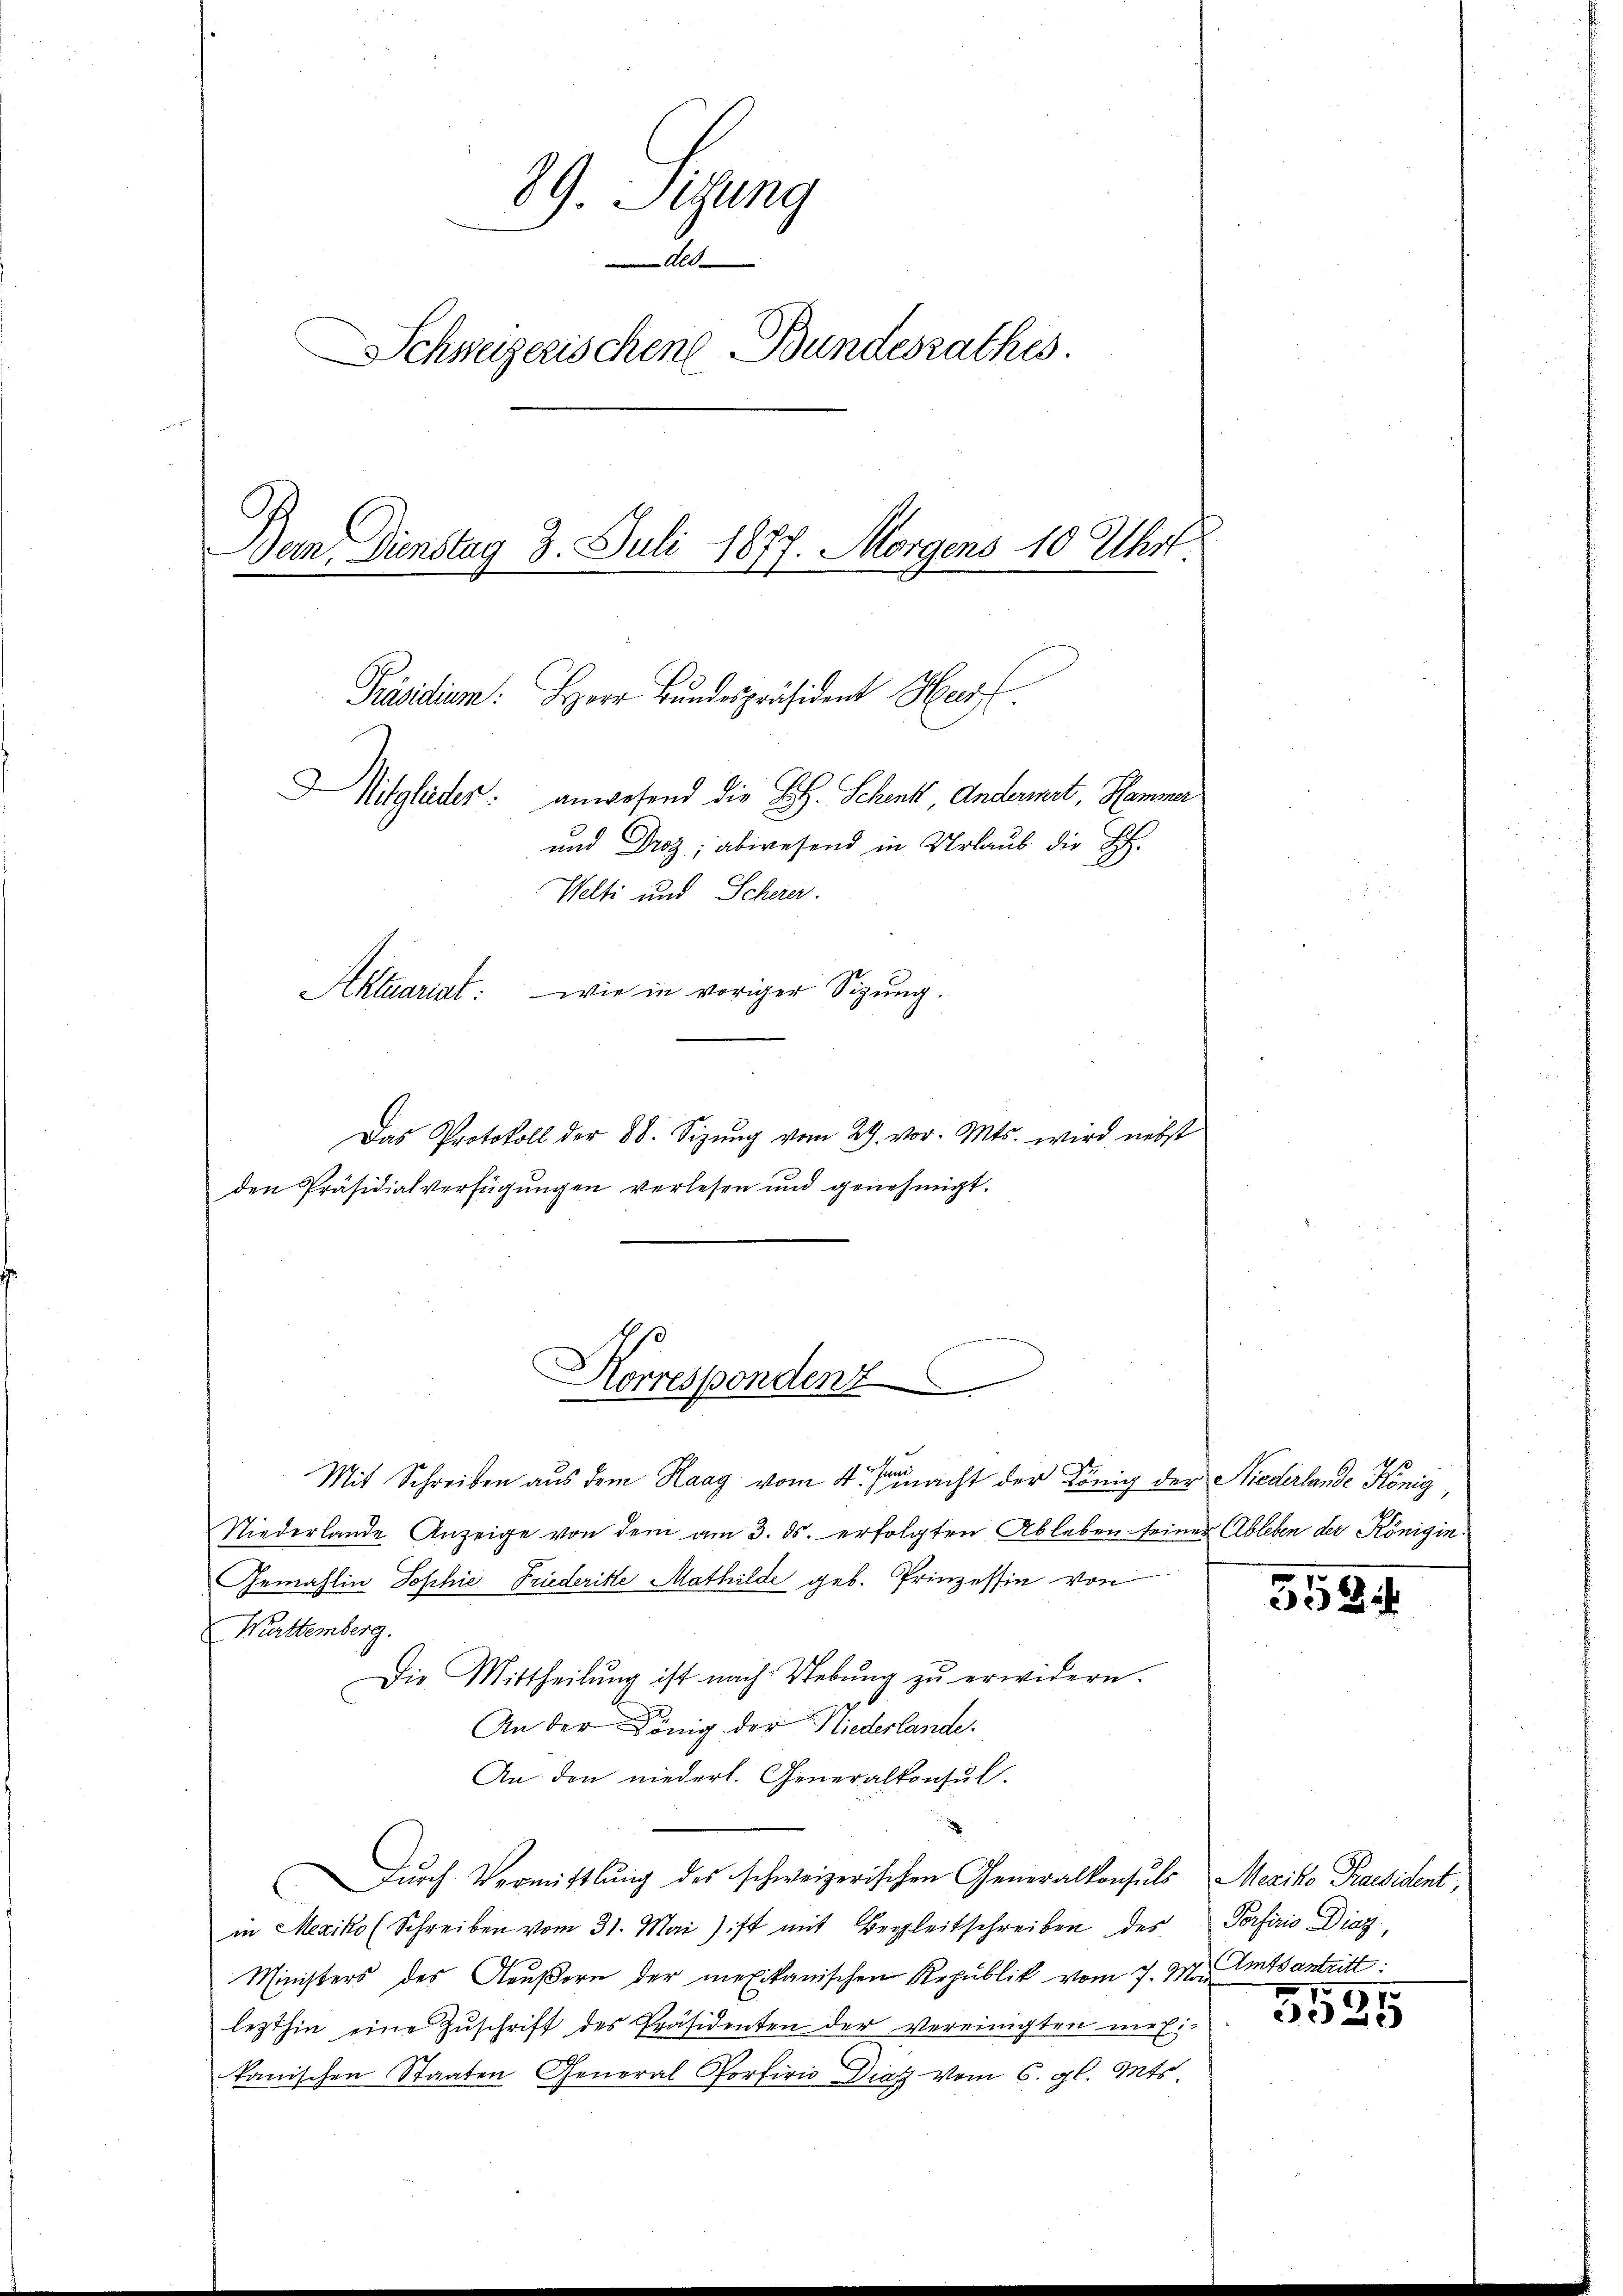
89. Sitzung
ded
Schweizerischen Bundesrathes.
Ban Dienstag 3. Juli 1877. Morgens 10 Uhrt.
Präsidium. Herr Bundespräsident Her

Mitglieder: anwesend die B. Schenk, Anderiert, Hammer
und Droz; abwesend in Urlaub die Sch.
Welti und Scherer.
Aktuariat: wie in voriger Sizung.

den Präsidialverfügungen verlesen und genehmigt.

Horrespondenz

Das Protokoll der 88. Sizŭng vom 29. vor. Mts. wird nebst
Mit Schreiben aus dem Haag vom 4. macht der König der Niederlande König
Niederlande Anzeige von dem am 3. ds. erfolgten Ableben seiner Ableben der Königin¬
Gemahlin Sophie Friederitte Mathilde geb. Prinzessin von
Wettemberg.
Die Mittheilŭng ist nach Uebŭng zŭ erwidern.
e
An der König der Niederlande.
An den niederl. Generalkonsŭl.
Dŭrch Vermittlung des schweizerischen Generalkonsuls Mexiko Praesident,
in Mexiko (Schreiben vom 31. Mai ist mit Begleitschreiben des Porferio Diaz
Ministers des Aeußern der mexikanischen Republik vom 7. M. Amtsantritt:
lezthin eine Zŭschrift des Präsidenten der Vereinigten mei-
kanischen Staaten General Portirio Dies vom 6. gl. Mts.

5534

3525